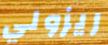
ريزولي